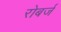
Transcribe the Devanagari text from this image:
रोबर्ज